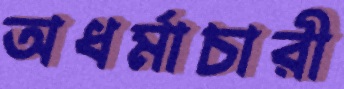
অধর্মাচারী